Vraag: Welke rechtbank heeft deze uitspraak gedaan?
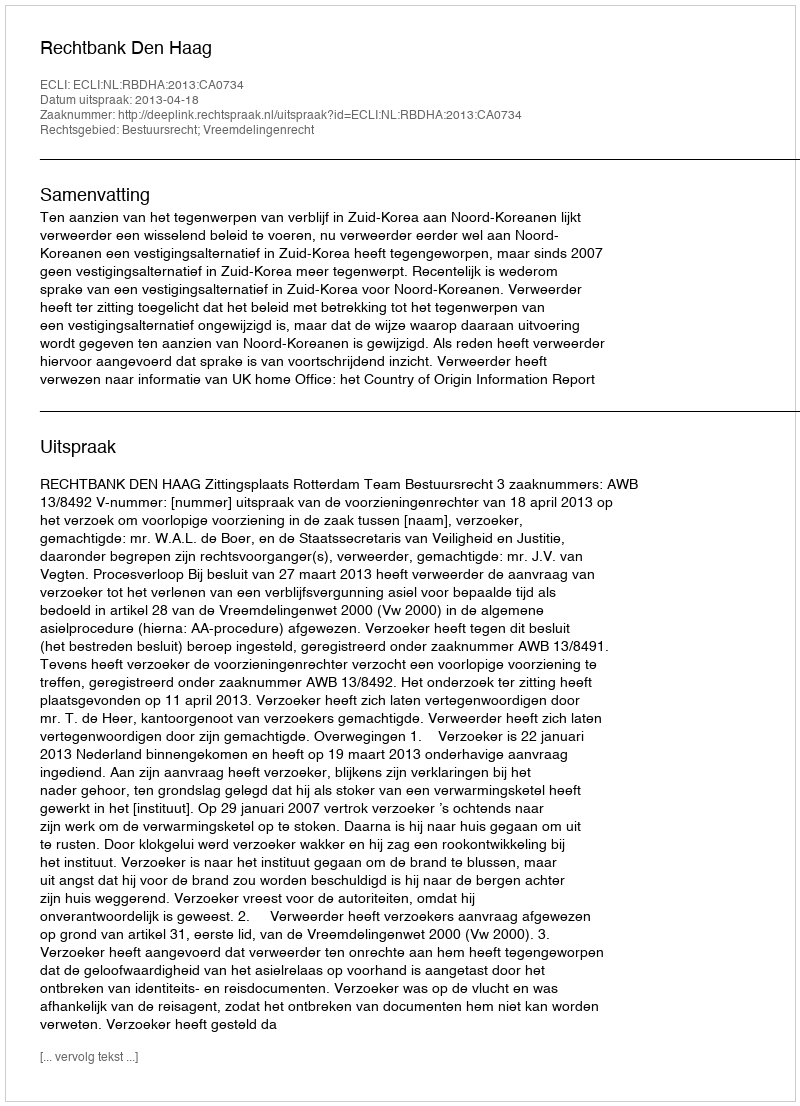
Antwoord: Rechtbank Den Haag